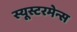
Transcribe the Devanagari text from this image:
स्यूस्टरमेन्स